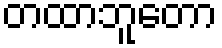
တထာဘူတော